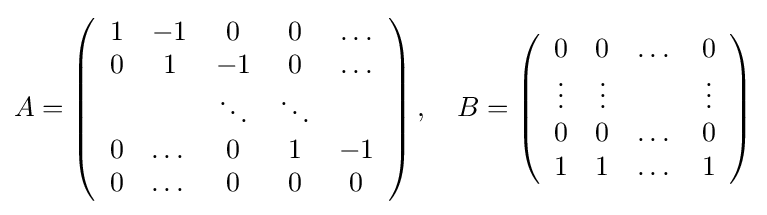
A=\left({\begin{array}{ccccc}1&-1&0&0&\dots \\0&1&-1&0&\dots \\&&\ddots &\ddots &\\0&\dots &0&1&-1\\0&\dots &0&0&0\\\end{array}}\right),\quad B=\left({\begin{array}{cccc}0&0&\dots &0\\\vdots &\vdots &&\vdots \\0&0&\dots &0\\1&1&\dots &1\\\end{array}}\right)